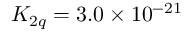
K _ { 2 q } = 3 . 0 \times 1 0 ^ { - 2 1 }